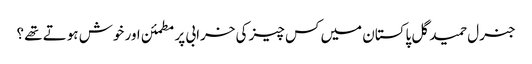
جنرل حمید گل پاکستان میں کس چیز کی خرابی پر مطمئن اور خوش ہوتے تھے ؟